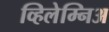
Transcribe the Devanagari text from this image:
व्हिलेम्निअ